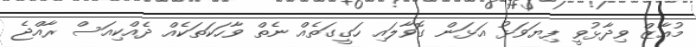
މުއާޒް ވިދާޅުވީ ފިޔަވަޅު އަޅަން ގޮވާލައި ހަގީގަތެއް ނެތް ވާހަކަތަކެއް ދެއްކިއަސް ރާއްޖެ